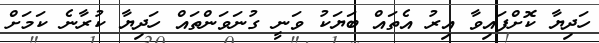
ހަދިޔާ ކޮށްފައިވާ އިރު އެތައް ބަޔަކު ވަނީ ގުނަވަންތައް ހަދިޔާ ކުރާނެ ކަމަށް